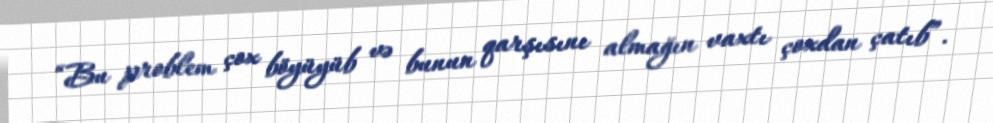
“Bu problem çox böyüyüb və bunun qarşısını almağın vaxtı çoxdan çatıb”.